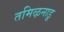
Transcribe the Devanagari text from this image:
तमिऴनाडू